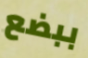
ببضع